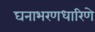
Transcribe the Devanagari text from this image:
घनाभरणधारिणे